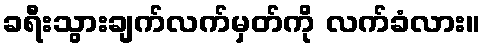
ခရီးသွားချက်လက်မှတ်ကို လက်ခံလား။